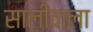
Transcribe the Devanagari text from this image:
सालीवाला